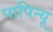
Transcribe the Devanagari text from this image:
पापिन्यू